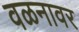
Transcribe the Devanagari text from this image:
वळनावर